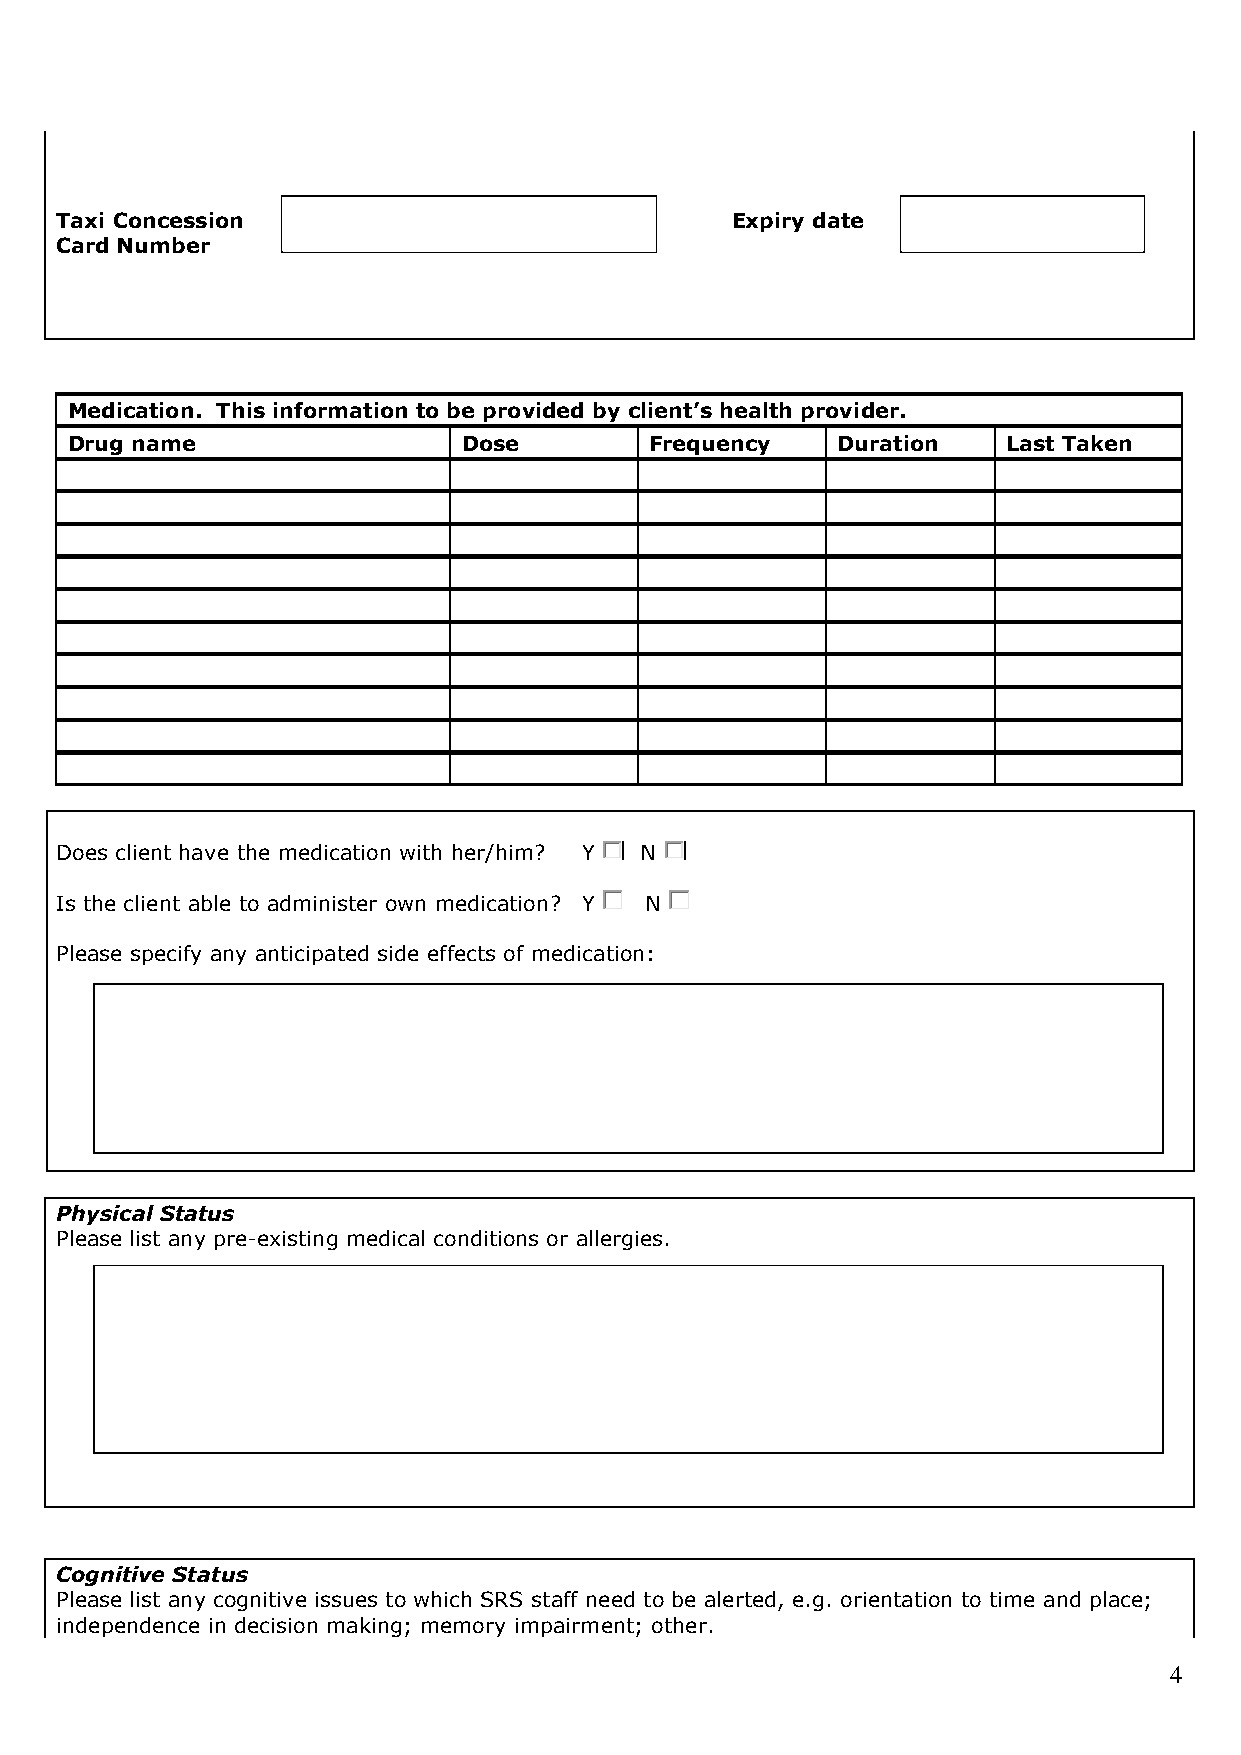
Taxi Concession                             Expiry date
 Card Number
 Medication. This information to be provided by client’s health provider.
 Drug name                  Dose        Frequency   Duration    Last Taken
 Does client have the medication with her/him? Y N
 Is the client able to administer own medication? Y N
 Please specify any anticipated side effects of medication:
 Physical Status
 Please list any pre-existing medical conditions or allergies.
 Cognitive Status
 Please list any cognitive issues to which SRS staff need to be alerted, e.g. orientation to time and place;
 independence in decision making; memory impairment; other.
 4